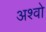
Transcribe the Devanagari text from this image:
अश्वो